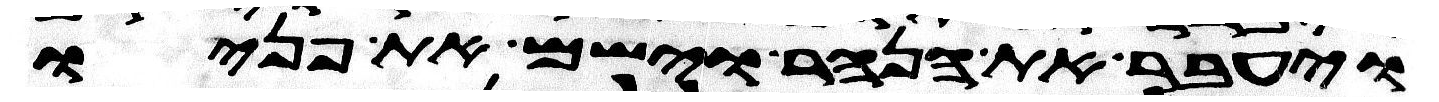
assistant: ויעבר את הנהר וישם את פניו